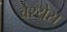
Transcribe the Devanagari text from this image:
वेश्येस